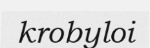
krobyloi